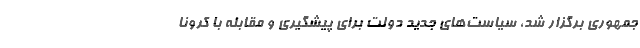
جمهوری برگزار شد، سیاست‌های جدید دولت برای پیشگیری و مقابله با کرونا